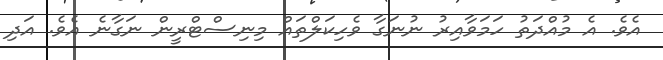
އެވެ. އެ މުއްދަތު ހަމަވާއިރު ނުނަގާ ވެހިކަލްތައް މިނިސްޓްރީން ނަގާނެ އެވެ. އަދި